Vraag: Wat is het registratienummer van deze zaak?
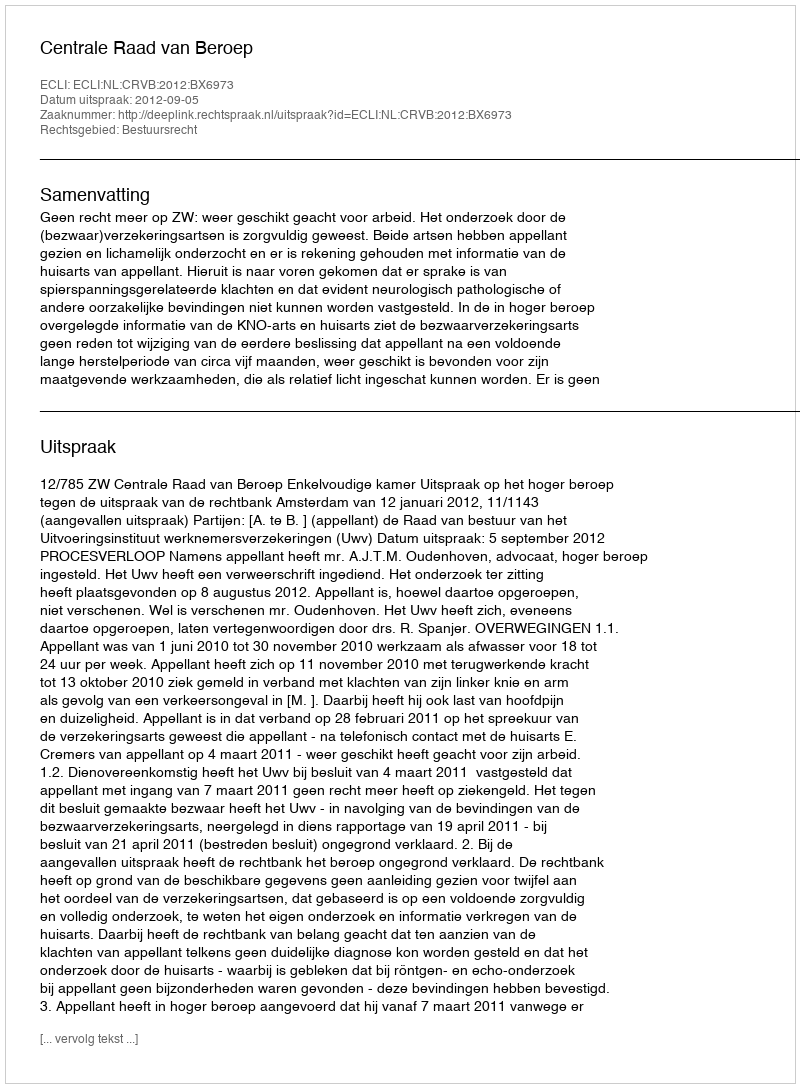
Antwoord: http://deeplink.rechtspraak.nl/uitspraak?id=ECLI:NL:CRVB:2012:BX6973